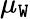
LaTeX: \mu_{\mathtt{W}}